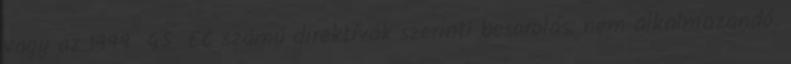
vagy az 1999 45 EC számú direktívák szerinti besorolás: nem alkalmazandó.